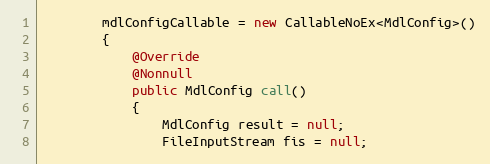
Language: Java
        mdlConfigCallable = new CallableNoEx<MdlConfig>()
        {
            @Override
            @Nonnull
            public MdlConfig call()
            {
                MdlConfig result = null;
                FileInputStream fis = null;